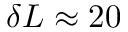
\delta L \approx 2 0